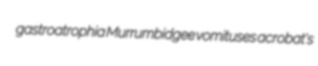
gastroatrophia Murrumbidgee vomituses acrobat's